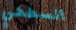
السطحي